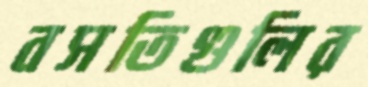
বসতিগুলির